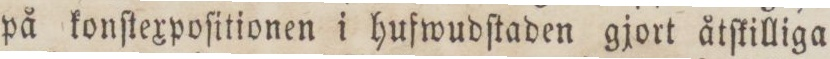
på konſtexpoſitionen i hufwudſtaden gjort åtſkilliga